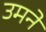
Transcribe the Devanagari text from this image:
उमने